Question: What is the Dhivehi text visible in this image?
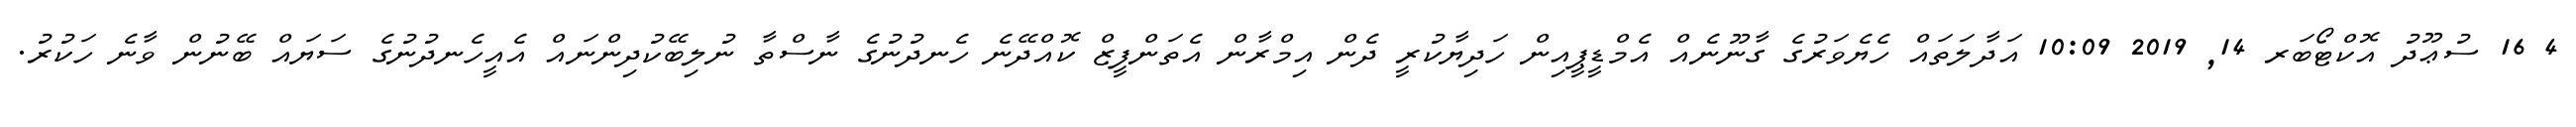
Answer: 4 16 ސުޢޫދު އޮކްޓޯބަރ 14, 2019 10:09 އަދާލަތައް ހެޔެވަރުގެ ގާނޫނެއް އެމްޑީޕީއިން ހަދިޔާކުރީ ދެން އިމްރާން އެތަންފީޒް ކޮއްދޭނެ ހެނދުނުގެ ނާސްތާ ނުލިބޭކުދިންނައް އެއީހެނދުނުގެ ސަޔައް ބޭނުން ވާނެ ހަކުރު.